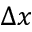
\Delta x